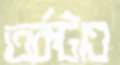
তর্কটাও